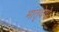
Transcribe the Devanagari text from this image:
मातृदेवो